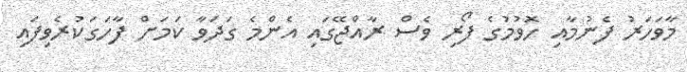
މާވަހަރު ފެނުމާއި ހޮވުމުގެ ފޯރި ވެސް ރާއްޖޭގައި އެންމެ ގަދަވާ ކަމަށް ފާހަގަކުރެވިފައި